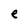
Character: e